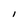
Character: I